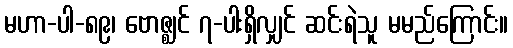
မဟာ-ပါ-၈၉၊ ဗောဇ္ဈင် ၇-ပါးရှိလျှင် ဆင်းရဲသူ မမည်ကြောင်း။